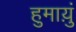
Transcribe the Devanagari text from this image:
हुमाय़ुं